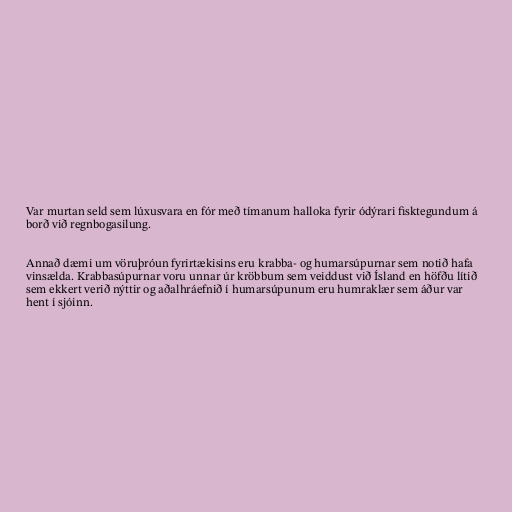
Var murtan seld sem lúxusvara en fór með tímanum halloka fyrir ódýrari fisktegundum á
borð við regnbogasilung.

Annað dæmi um vöruþróun fyrirtækisins eru krabba- og humarsúpurnar sem notið hafa
vinsælda. Krabbasúpurnar voru unnar úr kröbbum sem veiddust við Ísland en höfðu lítið
sem ekkert verið nýttir og aðalhráefnið í humarsúpunum eru humraklær sem áður var
hent í sjóinn.